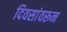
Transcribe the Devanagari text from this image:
दिवसांवरून